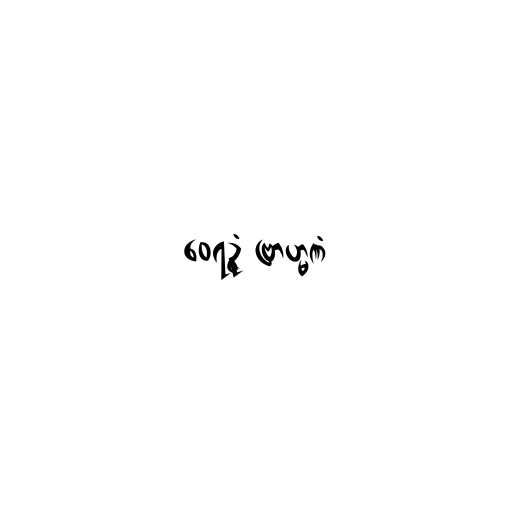
ဝေရဉ္ဇံ ဗြာဟ္မဏံ